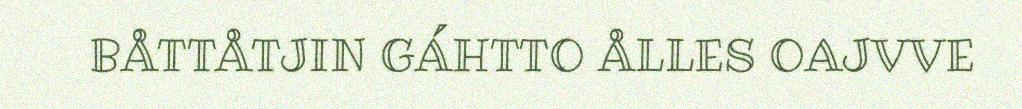
BÅTTÅTJIN GÁHTTO ÅLLES OAJVVE